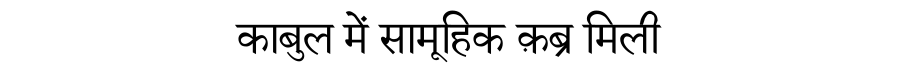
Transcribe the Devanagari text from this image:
काबुल में सामूहिक क़ब्र मिली